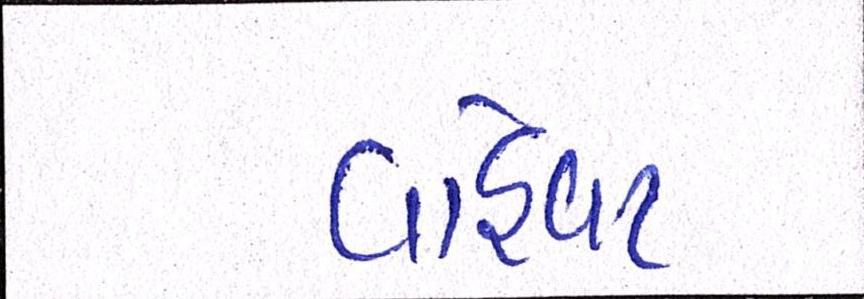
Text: વહિવટ